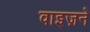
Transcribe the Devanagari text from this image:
वाइज़ने